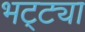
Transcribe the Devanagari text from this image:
भट्‌ट्या